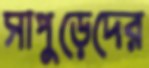
সাপুড়েদের